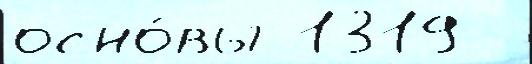
осно́вы 1319